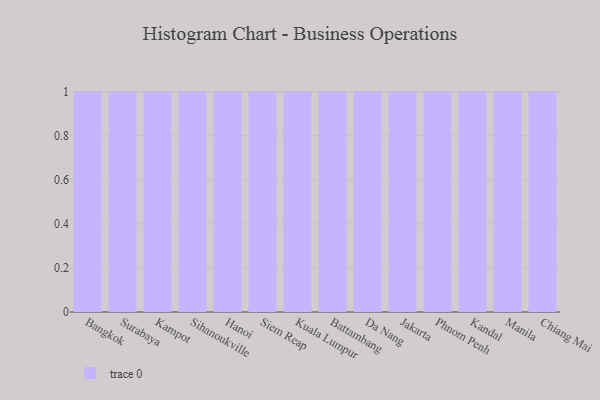
{"axis": {"x": "City", "y": "Headcount"}, "legend": [""], "data": [{"x": "Bangkok", "y": 92, "type": ""}, {"x": "Surabaya", "y": 91, "type": ""}, {"x": "Kampot", "y": 1, "type": ""}, {"x": "Sihanoukville", "y": 25, "type": ""}, {"x": "Hanoi", "y": 71, "type": ""}, {"x": "Siem Reap", "y": 78, "type": ""}, {"x": "Kuala Lumpur", "y": 67, "type": ""}, {"x": "Battambang", "y": 1, "type": ""}, {"x": "Da Nang", "y": 32, "type": ""}, {"x": "Jakarta", "y": 55, "type": ""}, {"x": "Phnom Penh", "y": 56, "type": ""}, {"x": "Kandal", "y": 73, "type": ""}, {"x": "Manila", "y": 84, "type": ""}, {"x": "Chiang Mai", "y": 50, "type": ""}]}